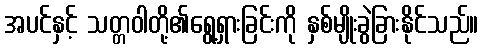
အပင်နှင့် သတ္တဝါတို့၏ရွေ့ရှားခြင်းကို နှစ်မျိုးခွဲခြားနိုင်သည်။